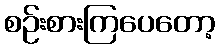
စဉ်းစားကြပေတော့